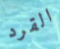
القرد